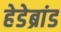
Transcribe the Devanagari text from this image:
हेडेब्रांड